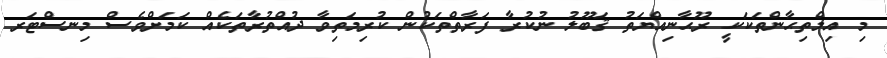
މި އިމްތިޙާންތަކަކީ ރޫޙާނިއްޔަތު ޤަބޫލު ނުކުރާ ފަރާތްތަކުން ކުރިމަތިވާ ދުއްތުރާތަކެއް ކަމަށްވެސް މިނސްޓަރ